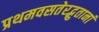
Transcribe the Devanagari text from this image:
प्रथमवसतेरद्भुतानां